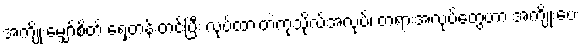
အကျိုးမျှော်စိတ် ရှေ့တန်းတင်ပြီး လုပ်ထားတဲ့ကုသိုလ်အလုပ်၊ တရားအလုပ်တွေဟာ အကျိုးပေး